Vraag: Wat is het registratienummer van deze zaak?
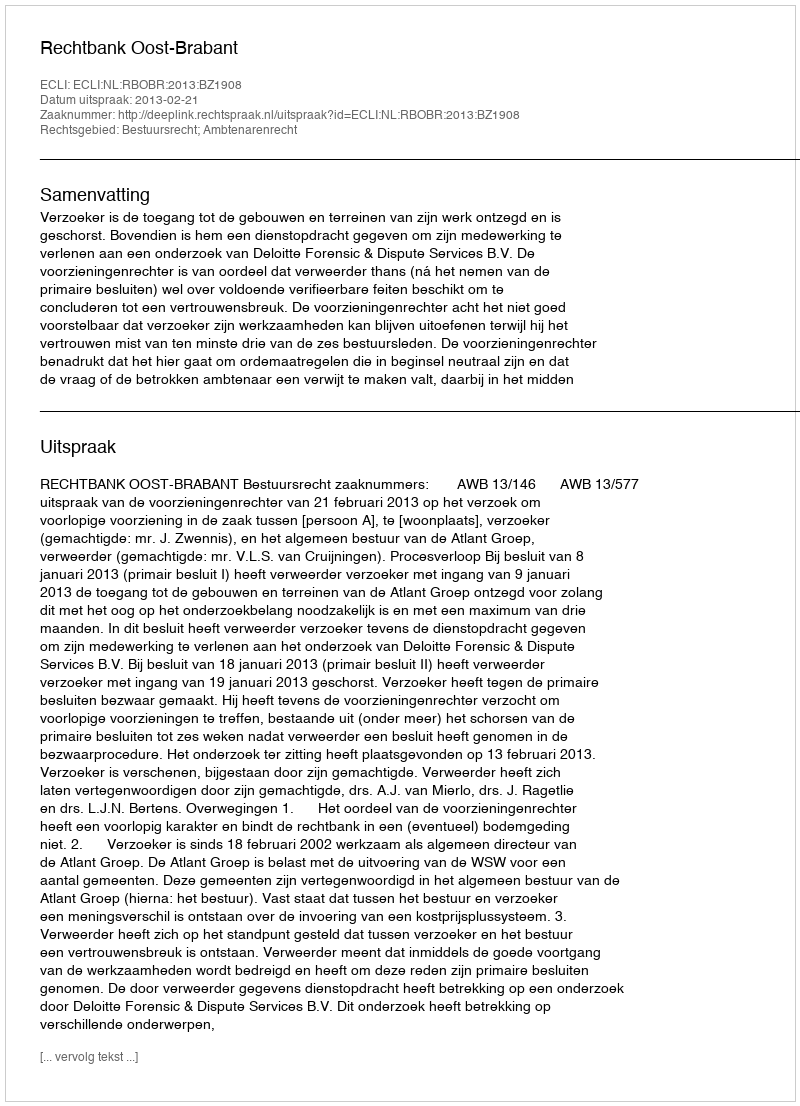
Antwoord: http://deeplink.rechtspraak.nl/uitspraak?id=ECLI:NL:RBOBR:2013:BZ1908